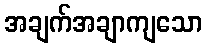
အချက်အချာကျသော